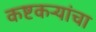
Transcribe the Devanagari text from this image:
कष्टकऱ्यांचा